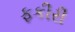
ફકીરી